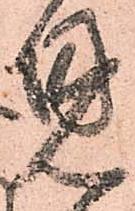
見